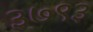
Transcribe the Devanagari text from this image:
३७९३